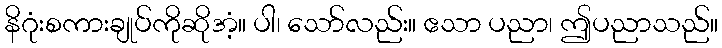
နိဂုံးစကားချုပ်ကိုဆိုအံ့။ ပါ၊ သော်လည်း။ ဧသာ ပညာ၊ ဤပညာသည်။